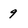
Character: 9